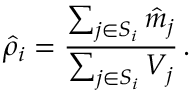
\hat { \rho } _ { i } = \frac { \sum _ { j \in S _ { i } } \hat { m } _ { j } } { \sum _ { j \in S _ { i } } V _ { j } } \, .